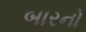
બારનો